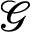
\mathcal { G }